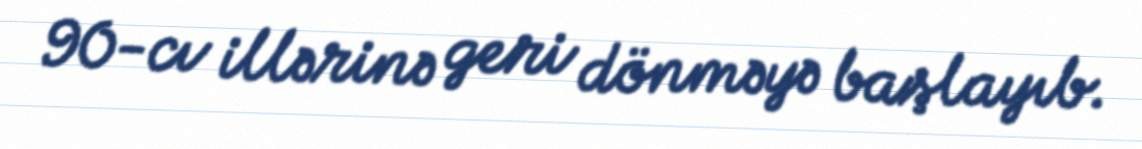
90-cı illərinə geri dönməyə başlayıb.